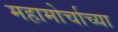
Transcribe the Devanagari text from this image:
महामोर्चाच्या